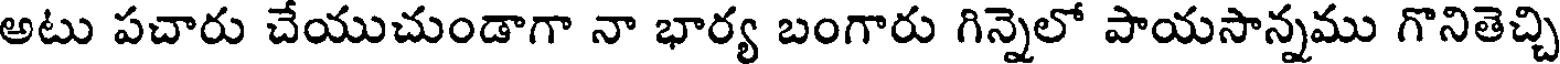
అటు పచారు చేయుచుండాగా నా భార్య బంగారు గిన్నెలో పాయసాన్నము గొనితెచ్చి